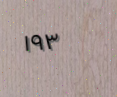
١٩٣